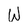
Character: W